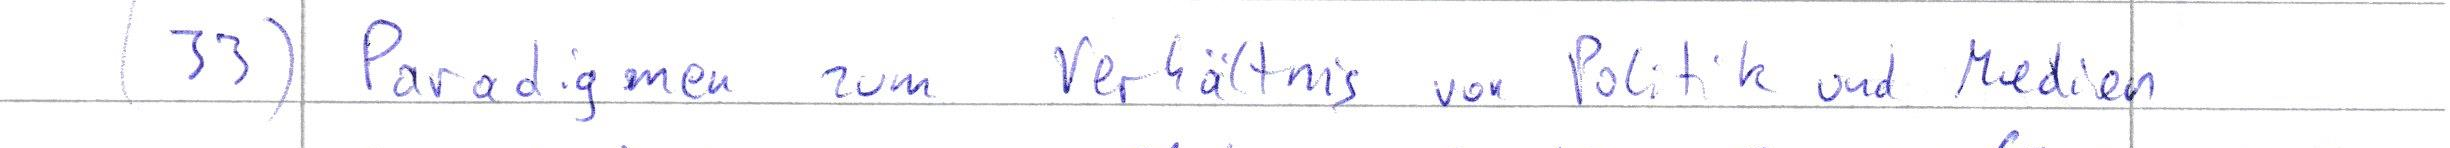
(33) Paradigmen zum Verhältnis von Politik und Medien